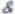
&